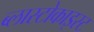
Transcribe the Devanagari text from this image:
ब्लास्टोकाइस्ट